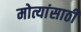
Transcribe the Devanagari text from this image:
मोत्यांसाठी